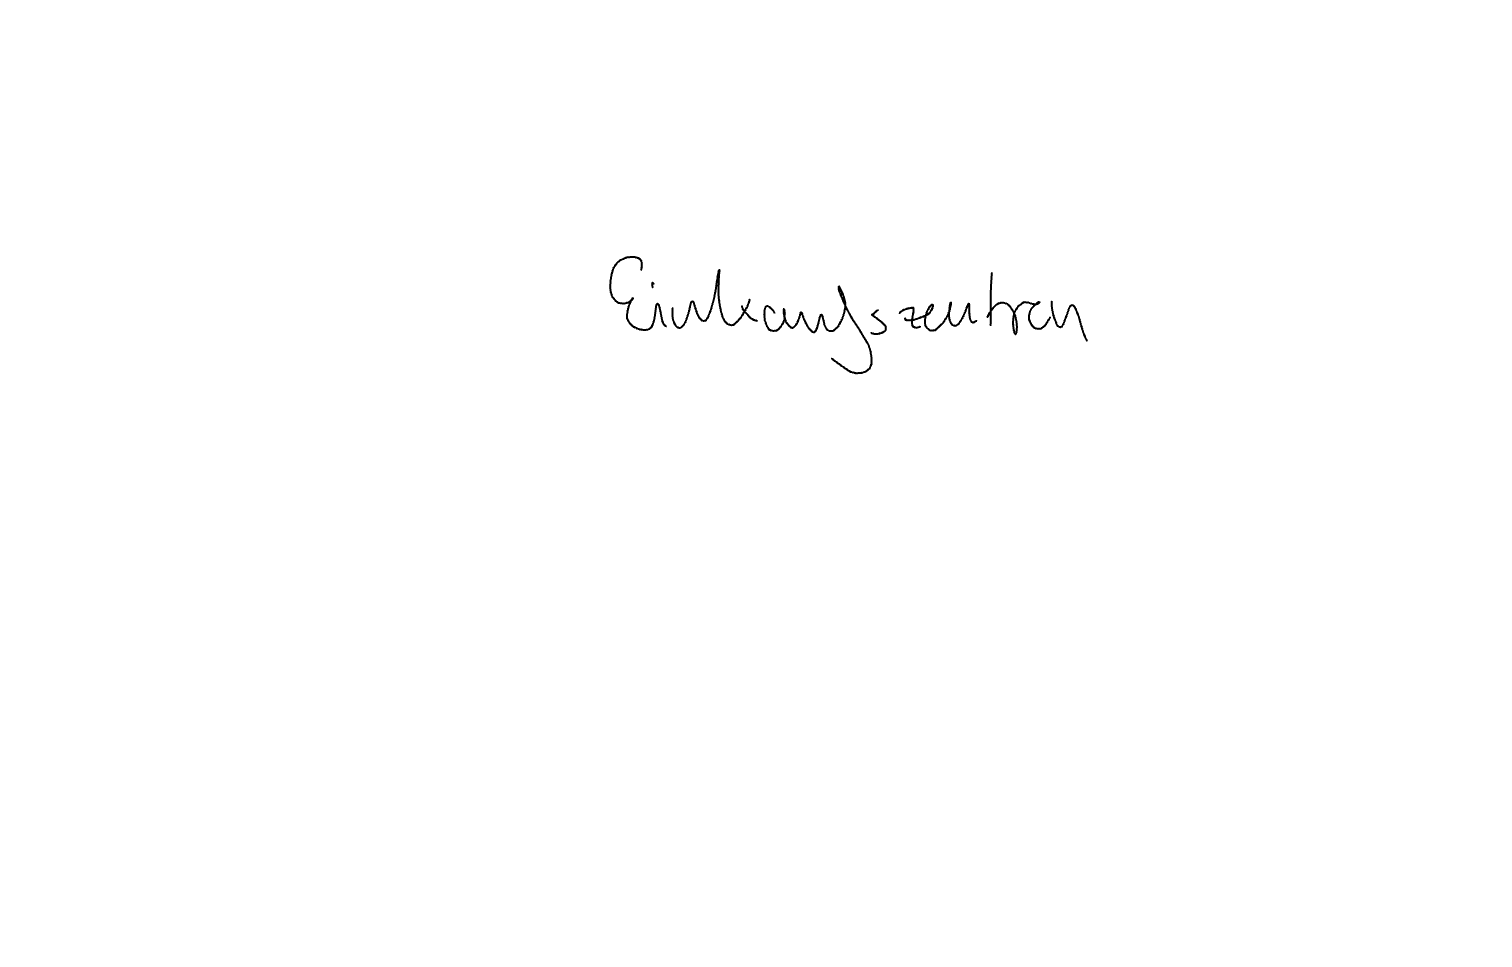
Text: Einkaufszentren